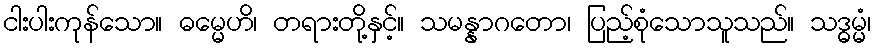
ငါးပါးကုန်သော။ ဓမ္မေဟိ၊ တရားတို့နှင့်။ သမန္နာဂတော၊ ပြည့်စုံသောသူသည်။ သဒ္ဓမ္မံ၊